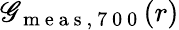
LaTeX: \mathscr{G}_{\mathrm{{~m~e~a~s~,~7~0~0~}}}(r)